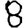
Digit: 8